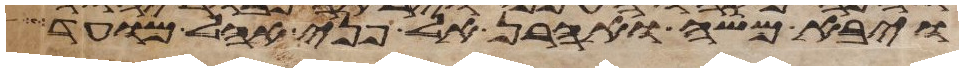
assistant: ויבא משה ואהרן אל פני אהל מועד